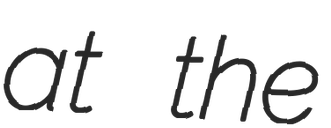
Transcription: at the